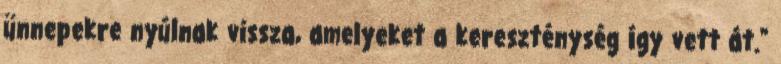
ünnepekre nyúlnak vissza, amelyeket a kereszténység így vett át."